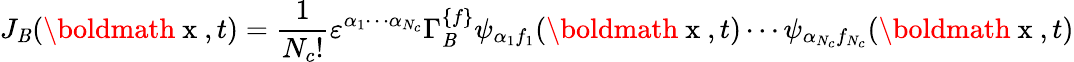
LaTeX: J_{\mathit{B}}(\mathrm{{\boldmath~x~}},t)=\frac{{1}}{{N_{c}!}}\varepsilon^{\alpha_{1}\cdots\alpha_{N_{c}}}\Gamma_{\mathit{B}}^{\{ f\} }\psi_{\alpha_{1}f_{1}}(\mathrm{{\boldmath~x~}},t)\cdots\psi_{\alpha_{N_{c}}f_{N_{c}}}(\mathrm{{\boldmath~x~}},t)